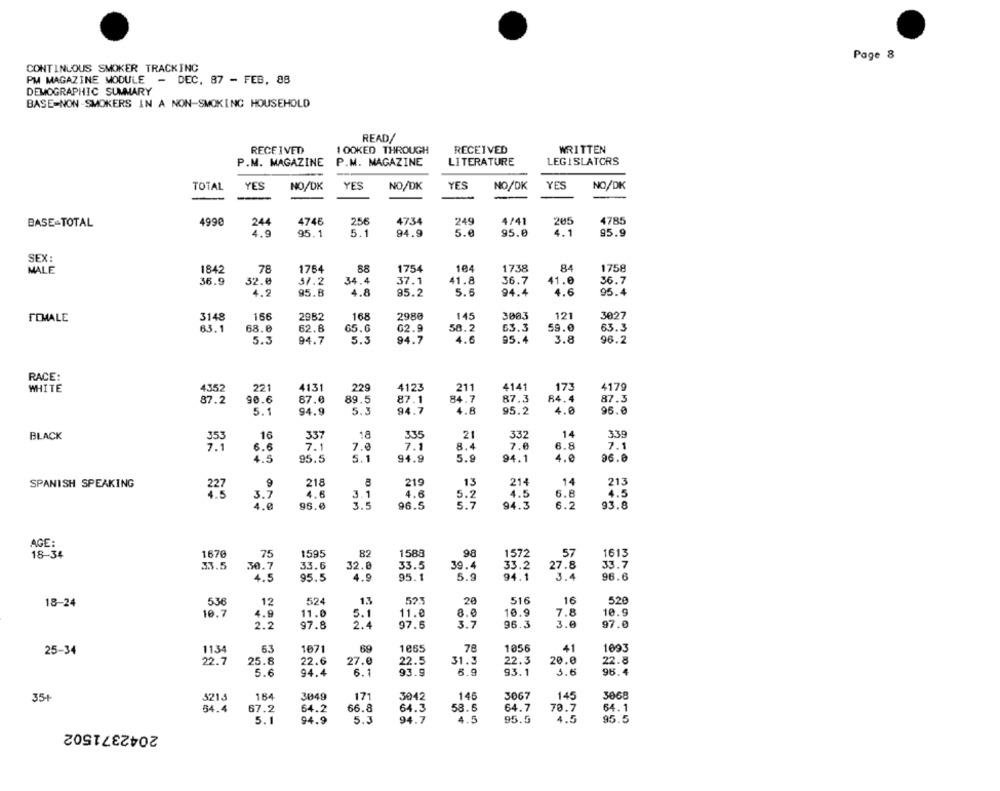
Page 8
CONTINUOUS SMOKER TRACKING
PM MAGAZINE MODULE
-
DEC, 87 - FEB, 88
DEMOGRAPHIC SUMMARY
BASE-NON-SMOKERS IN A NON-SMOKING HOUSEHOLD
READ/
RECEIVED
1 OOKED THROUGH
RECEIVED
WRITTEN
P.M. MAGAZINE
P.M. MAGAZINE
LITERATURE
LEGISLATORS
TOTAL
YES
NO/DK
YES
NO/DK
YES
NO/DK
YES
NO/DK
4990
244
4746
256
4734
249
4/41
205
4785
BASE-TOTAL
4.9
95.1
5.1
94.9
5.0
95.0
95.9
SEX:
MALE
1842
78
1764
88
1754
104
1738
1758
36.9
32.0
51.2
34.4
37.1
41.8
36.7
41.0
36.7
4.2
95.8
4.8
95.2
5.6
94.4
4.6
95.4
166
2982
168
2980
145
3003
121
3027
FEMALE
3148
83.1
68.0
62.8
65.6
62.9
58.2
63.3
59.0
63.3
5.3
94.7
5.3
94.7
4.6
95.4
3.8
96.2
RACE:
WHITE
4352
221
4131
229
4123
211
4141
173
4179
87.2
90.6
87.0
89.5
87.1
84.7
87.3
84. 4
87.3
5.1
94.9
5.3
94.7
4.8
95.2
96.0
BLACK
16
337
18
335
21
332
14
339
7.1
6.6
7.1
7.0
7.1
8.4
7.0
6.8
7.1
4.5
95.5
5.1
94.9
5.9
94.1
4.0
96.0
9
218
219
214
14
213
SPANISH SPEAKING
13
3.7
4.6
.1
4.6
5.2
4.5
6.8
4.5
4.0
96.0
96.5
5.7
94.3
6.2
93.8
AGE:
18-34
1670
75
1595
82
1588
98
1572
57
1613
33.5
30.7
33.6
32.0
33.5
39.4
33.2
27.8
33.7
4.5
95,5
4.9
95.1
5.9
94.1
3.4
96.6
18-24
536
12
524
13
523
20
516
16
520
10.7
4.9
11.0
5.1
11.0
8.0
10.9
7.8
10.9
2.2
97.8
2.4
97.6
3.7
96.3
3.0
97.0
63
1071
69
1865
78
1056
41
1093
25-34
1134
22.7
25.8
22.6
27.0
22.5
31.3
22.3
20.0
22.8
6.1
93.9
6.9
93.1
5.6
98.4
5.6
94.4
35+
5213
164
3049
171
3042
146
3067
145
3068
64.4
67.2
64.2
66.8
64.3
58.6
64.7
70.7
64.1
5.1
94.9
5.3
94.7
4.5
95.5
4.5
95.5
2042371502